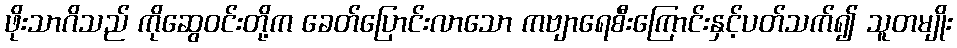
ဖိုးသာဂိသည် ကိုဆွေဝင်းတို့က ခေတ်ပြောင်းလာသော ကဗျာရေစီးကြောင်းနှင့်ပတ်သက်၍ သူတမျိုး